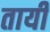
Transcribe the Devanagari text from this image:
तायी